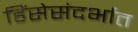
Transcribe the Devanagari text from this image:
हिंसेसंदर्भात